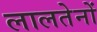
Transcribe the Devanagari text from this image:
लालतेनों